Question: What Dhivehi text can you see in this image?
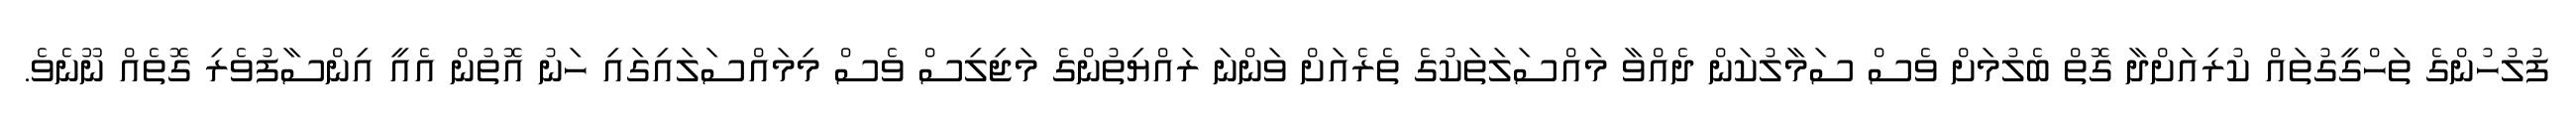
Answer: ފުލުހުންގެ ތަހްގީގުތައް ކުރިއަށްދާ ގޮތް ބެލުމަށް ވެސް ސަމާލުކަން ދެއްވާ މައްސަލަތަކުގެ ތެރެއަށް ވަންނަ ރައްޔިތުންގެ މަޖިލިސް ވެސް މިމައްސަލައިގައި ހަނު އޮތުން އެއީ އިންސާފުވެރި ގޮތެއް ނޫނެވެ.